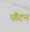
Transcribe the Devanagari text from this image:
फैंटन